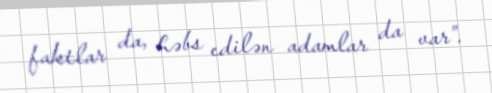
faktlar da, həbs edilən adamlar da var”.